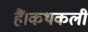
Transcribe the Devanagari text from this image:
हैं।कथकली